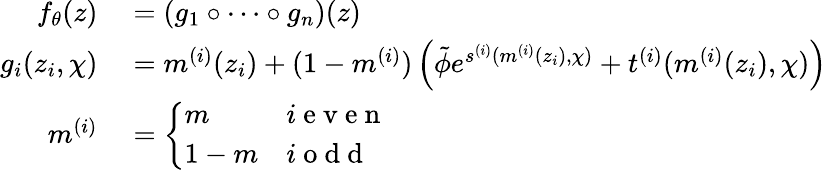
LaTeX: \begin{array}{rl}{f_{\theta}(z)}&{{}=\left(g_{1}\circ\dots\circ g_{n}\right)(z)}\\ {g_{i}(z_{i},\chi)}&{{}=m^{(i)}(z_{i})+(1-m^{(i)})\left(\tilde{\phi}e^{s^{(i)}(m^{(i)}(z_{i}),\chi)}+t^{(i)}(m^{(i)}(z_{i}),\chi)\right)}\\ {m^{(i)}}&{{}=\left\{ \begin{array}{ll}{m}&{i\mathrm{~e~v~e~n~}}\\ {1-m}&{i\mathrm{~o~d~d~}}\end{array}\right.}\end{array}